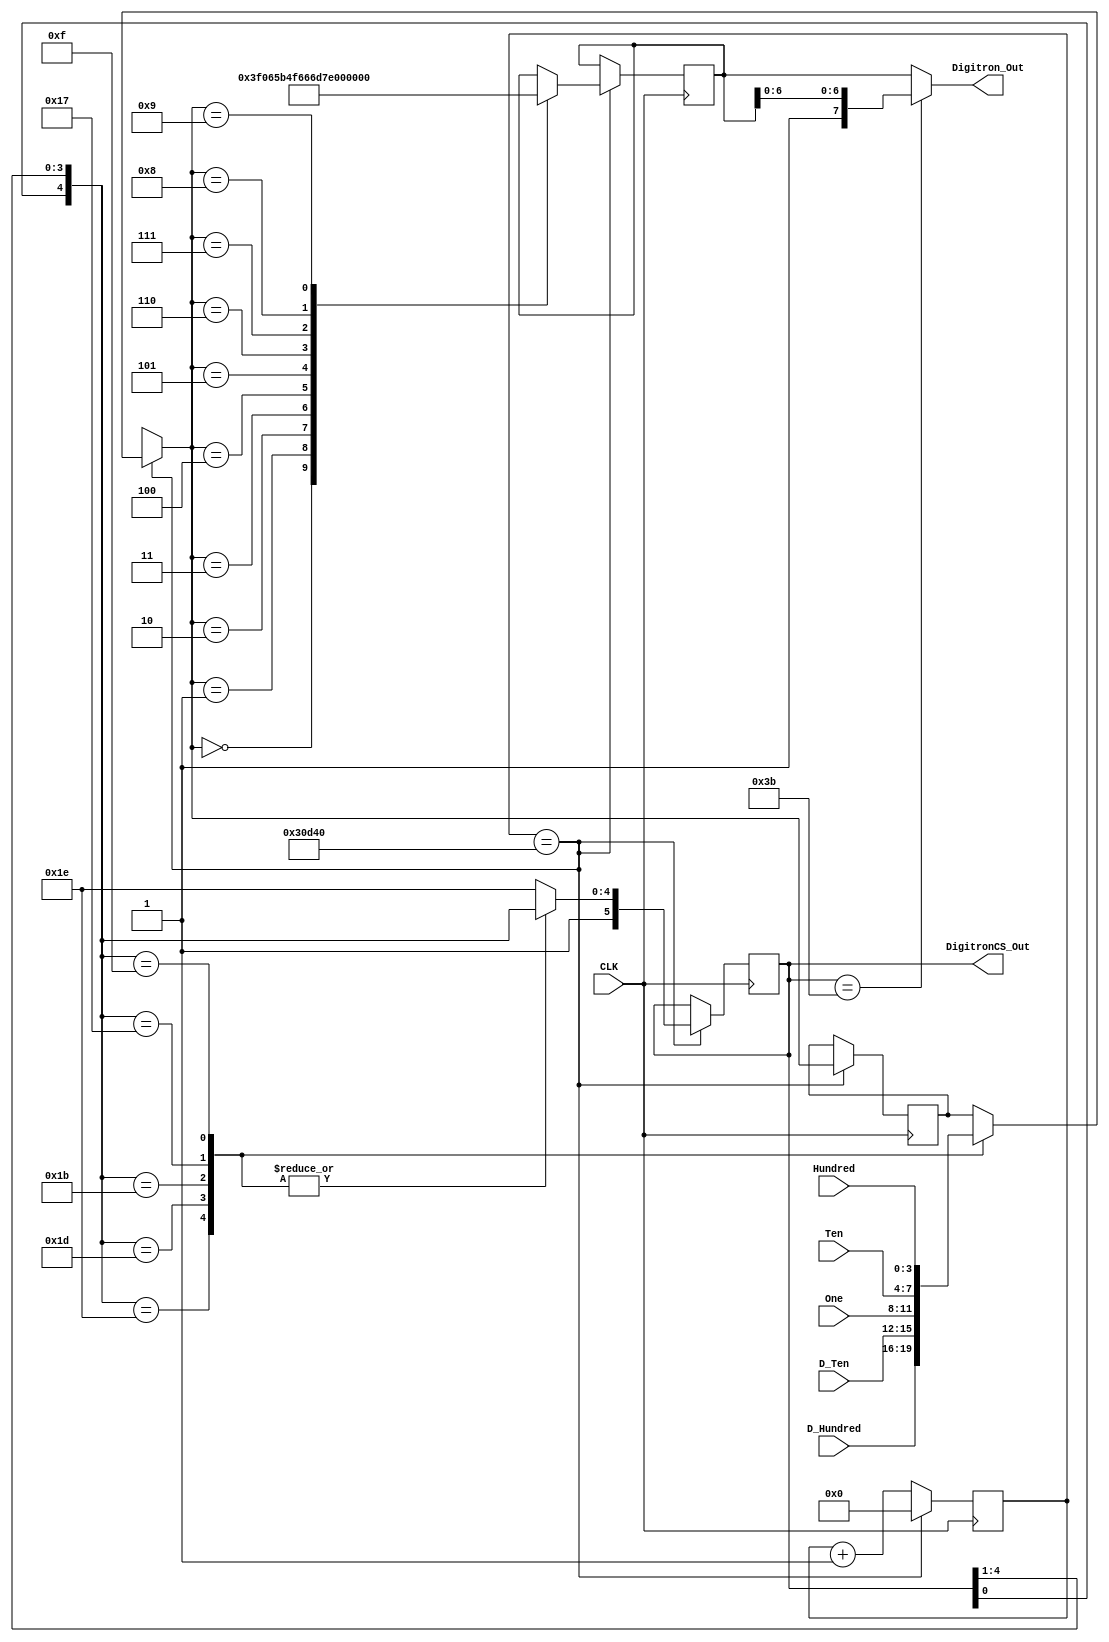
module My_Dig
(
	CLK, Hundred, Ten, One, D_Ten, D_Hundred, Digitron_Out, DigitronCS_Out
);
	 input CLK;
	 input [3:0] Hundred;
	 input [3:0] Ten;
	 input [3:0] One;
	 input [3:0] D_Ten;
	 input [3:0] D_Hundred;
	 output [7:0]Digitron_Out; 
	 output [5:0]DigitronCS_Out;

    parameter T250K = 24'd200000;
	 reg [23:0]Count;
	 reg [3:0]SingleNum;
	 reg [7:0]W_Digitron_Out;
	 reg [5:0]W_DigitronCS_Out;
	 
	 parameter _0 = 8'b0011_1111, _1 = 8'b0000_0110, _2 = 8'b0101_1011,
			 	  _3 = 8'b0100_1111, _4 = 8'b0110_0110, _5 = 8'b0110_1101,
			 	  _6 = 8'b0111_1101, _7 = 8'b0000_0111, _8 = 8'b0111_1111,
				  _9 = 8'b0110_1111;
		
	always @ ( posedge CLK )
		begin	
			 if( Count == T250K )
				begin
					Count <= 16'd0;
					W_DigitronCS_Out = {1'b1,W_DigitronCS_Out[0],W_DigitronCS_Out[4:1]};

					case(W_DigitronCS_Out)
						6'b11_1110: SingleNum = D_Hundred;		
						6'b11_1101: SingleNum = D_Ten;		
						6'b11_1011: SingleNum = One;	
						6'b11_0111: SingleNum = Ten;		
						6'b10_1111: SingleNum = Hundred;		
						default:	W_DigitronCS_Out = 6'b11_1110;
					endcase

					case(SingleNum)
						0:  W_Digitron_Out = _0;
						1:  W_Digitron_Out = _1;
						2:  W_Digitron_Out = _2;
						3:  W_Digitron_Out = _3;
						4:  W_Digitron_Out = _4;
						5:  W_Digitron_Out = _5;
						6:  W_Digitron_Out = _6;
						7:  W_Digitron_Out = _7;
						8:  W_Digitron_Out = _8;
						9:  W_Digitron_Out = _9;
					endcase
				end
			else
				Count <= Count + 1'b1;
	end
 
	 assign Digitron_Out = (W_DigitronCS_Out == 6'b11_1011) ? {1'b1,W_Digitron_Out[6:0]} : W_Digitron_Out;
	 assign DigitronCS_Out = W_DigitronCS_Out;
	
endmodule